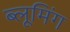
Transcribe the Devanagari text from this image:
ब्लूमिंग